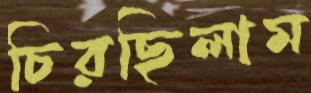
চিরছিলাম